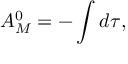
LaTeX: { \cal A } _ { M } ^ { 0 } = - \int d \tau ,